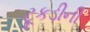
ટૂકડીની